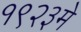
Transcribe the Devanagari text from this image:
१९२३मे